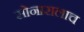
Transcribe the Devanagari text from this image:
सोनारालाच